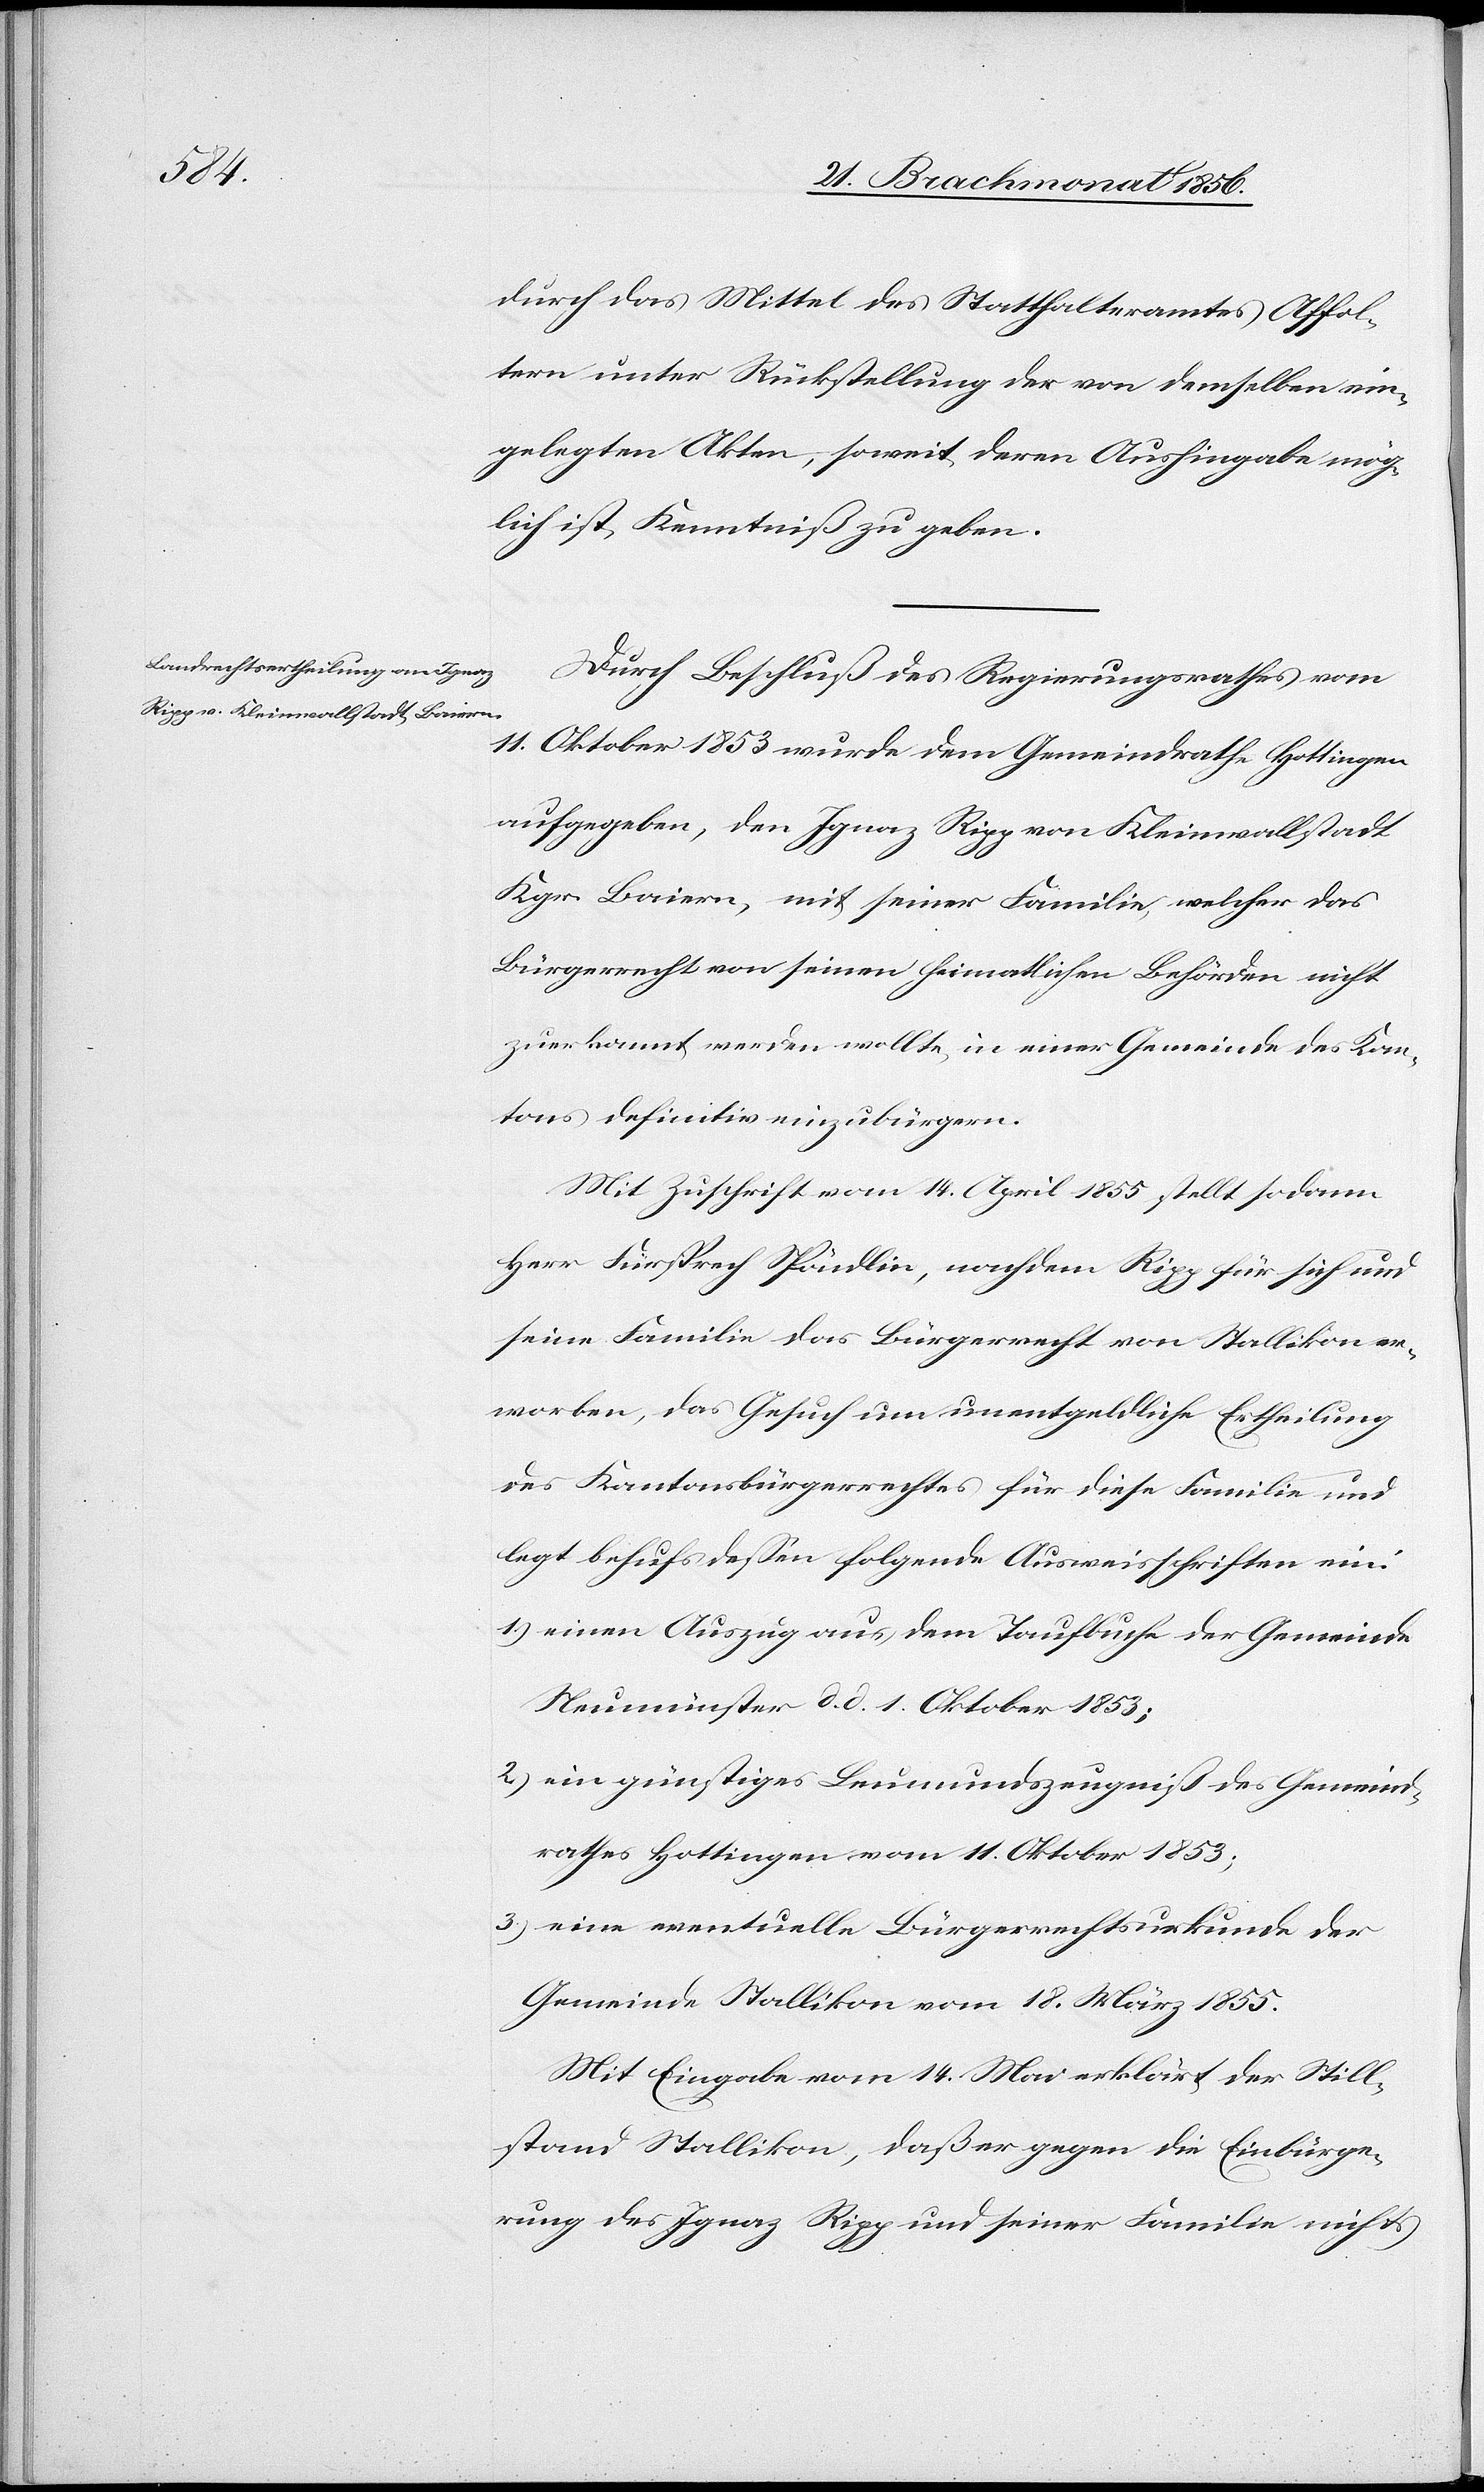
durch das Mittel des Statthalteramtes Affol¬
tern unter Rückstellung der von demselben ein¬
gelegten Akten, soweit deren Aushingabe mög¬
lich ist, Kenntniß zu geben.
Durch Beschluß des Regierungsrathes vom
11. Oktober 1853 wurde dem Gemeindrathe Hottingen
aufgegeben, den Ignaz Ripp von Kleinwallstadt
Kgr. Baiern, mit seiner Familie, welcher das
Bürgerrecht von seinen heimatlichen Behörden nicht
zuerkannt werden wollte, in einer Gemeinde des Kan¬
tons definitiv einzubürgern.
Mit Zuschrift vom 14. April 1855, stellt sodann
Herr Fürsprech Spöndlin, nachdem Ripp für sich und
seine Familie das Bürgerrecht von Stallikon er¬
worben, das Gesuch um unentgeldliche Ertheilung
des Kantonsbürgerrechtes für diese Familie und
legt behufs dessen folgende Ausweisschriften ein:
1.) einen Auszug aus dem Taufbuche der Gemeinde
Neumünster d. d. 1. Oktober 1853;
2.) ein günstiges Leumundszeugniß des Gemeind¬
rathes Hottingen vom 11. Oktober 1853;
3.) eine eventuelle Bürgerrechtsurkunde der
Gemeinde Stallikon vom 18. März 1855.
Mit Eingabe vom 14. Mai erklärt der Still¬
stand Stallikon, daß er gegen die Einbürge¬
rung des Ignaz Ripp und seiner Familie nichts